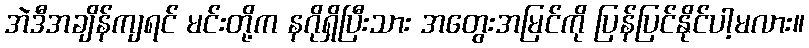
အဲဒီအချိန်ကျရင် မင်းတို့က နဂိုရှိပြီးသား အတွေးအမြင်ကို ပြန်ပြင်နိုင်ပါ့မလား။